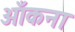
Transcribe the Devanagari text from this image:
आँकना